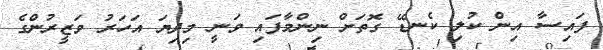
ފައިސާ އިން ކުލި ކެނޑޭ ގޮތަށް ނިންމާފައި ވަނީ މިދިޔަ އަހަރު ވަޒީރުންގެ